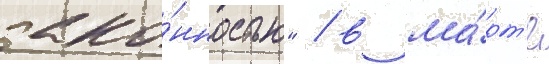
зако́нностью" / в ма́рт'е